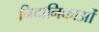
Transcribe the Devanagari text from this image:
निदानिकाओं